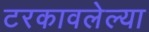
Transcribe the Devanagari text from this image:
टरकावलेल्या